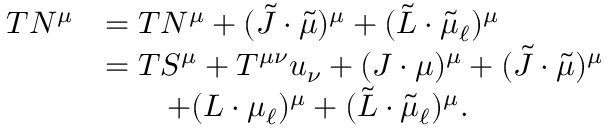
\begin{array} { r l } { T N ^ { \mu } } & { = T N ^ { \mu } + ( \tilde { J } \cdot \tilde { \mu } ) ^ { \mu } + ( \tilde { L } \cdot \tilde { \mu } _ { \ell } ) ^ { \mu } } \\ & { = T S ^ { \mu } + T ^ { \mu \nu } u _ { \nu } + ( J \cdot \mu ) ^ { \mu } + ( \tilde { J } \cdot \tilde { \mu } ) ^ { \mu } } \\ & { \qquad + ( L \cdot \mu _ { \ell } ) ^ { \mu } + ( \tilde { L } \cdot \tilde { \mu } _ { \ell } ) ^ { \mu } . } \end{array}